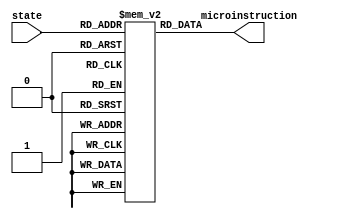
///////////////////////////////////////////////////////////////////////////////////
// Component: MicroROM
// Package: FIUSCIS-CDA
// Course: CDA3102 (Computer Architecture), Florida International University
// Developer: Trevor Cickovski
// Extended By: CDA3102 students
// License: MIT, (C) 2020-2022 All Rights Reserved
///////////////////////////////////////////////////////////////////////////////////

module MicroROM(state, microinstruction);
///////////////////////////////////////////////////////////////////////////////////
// Input: state (4-bit)
  input [4:0] state; 
///////////////////////////////////////////////////////////////////////////////////
///////////////////////////////////////////////////////////////////////////////////
// Output: microinstruction (18-bit)
  output wire [19:0] microinstruction;
///////////////////////////////////////////////////////////////////////////////////
///////////////////////////////////////////////////////////////////////////////////
// Internal: ROM
  reg [19:0] ROM[16:0];
///////////////////////////////////////////////////////////////////////////////////

  //////////////////////////////////////////////////////////////////////
  // PUT MICROINSTRUCTIONS HERE
  // Bit Order: PCWrite, PCWriteCond, IorD, MemWrite, IRWrite, MemToReg (2),
  //            PCSrc (2), ALUOp (3), ALUSrcB (2), ALUSrcA, RegWrite,
  //            RegDst, isBNE, LOWrite, Shift16
  //////////////////////////////////////////////////////////////////////
  initial begin
  ROM[5'b00000] = 		20'b10001000000001000000;	// State 0
  ROM[5'b00001] =		20'b00000000000011000000;	// State 1
  ROM[5'b00010] =		20'b00000000000010100000;	// State 2
  ROM[5'b00011] =		20'b00100000000000000000; 	// State 3
  ROM[5'b00100] =		20'b00000010000000010000;	// State 4
  ROM[5'b00101] =		20'b00110000000000000000;	// State 5
  ROM[5'b00110] =		20'b00000000001000100000; 	// State 6
  ROM[5'b00111] = 		20'b00000000000000011000; 	// State 7
  ROM[5'b01000] = 		20'b01000000100100100000;	// State 8
  ROM[5'b01001] = 		20'b10000001000000000000;	// State 9
  ROM[5'b01010] =	     	20'b00000000000000010000;	// State 10
  ROM[5'b01011] =               20'b01000000100100100100; 	// State 11
  ROM[5'b01100] =               20'b00000000001110100000; 	// State 12  
  ROM[5'b01101] =               20'b00000000000000000010; 	// State 13
  ROM[5'b01110] =               20'b00000100000000011000; 	// State 14
  ROM[5'b01111] =               20'b00000000010010000001; 	// State 15
  ROM[5'b10000] =               20'b00000000010110100000; 	// State 16
  ////////////////////////////////////////////////////////////////////////
  end

  ////////////////////////////////////////////////////////////////////////
  // Microinstruction stored in ROM, address is the state
  assign microinstruction = ROM[state];
  ////////////////////////////////////////////////////////////////////////

endmodule